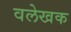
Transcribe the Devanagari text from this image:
वलेखक